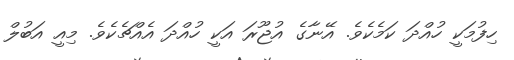
ހިފުމަކީ ހުއްދަ ކަމެކެވެ. އޭނާގެ އުޖޫރަ އަކީ ހުއްދަ އެއްޗެކެވެ. މިއީ އަބުލް